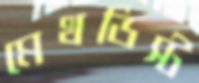
মেথডিস্ট